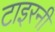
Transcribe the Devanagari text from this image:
टाइरनी